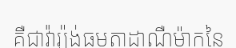
គឺជាវ៉ារ្យ៉ង់ធម្មតាដាណឺម៉ាកនៃ